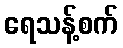
ရေသန့်စက်